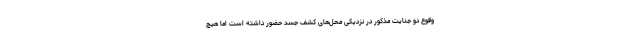
وقوع دو جنایت مذکور در نزدیکی محل‌های کشف جسد حضور داشته است اما هیچ